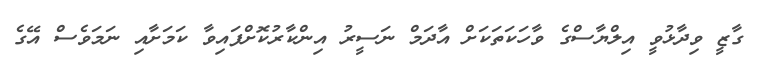
ގާޒީ ވިދާޅުވީ އިލްޔާސްގެ ވާހަކަތަކަށް އާދަމް ނަސީރު އިންކާރުކޮށްފައިވާ ކަމަށާއި ނަމަވެސް އޭގެ